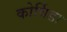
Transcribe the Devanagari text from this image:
कोर्विडा